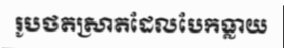
រូបថតស្រាតដែលបែកធ្លាយ